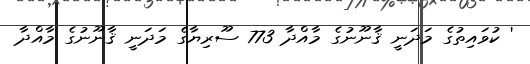
' ކުވައިތުގެ މަދަނީ ޤާނޫނުގެ މާއްދާ 773 ސޫރިޔާގެ މަދަނީ ޤާނޫނުގެ މާއްދާ